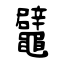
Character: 鼊